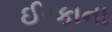
ઈરકાના